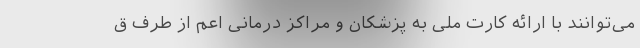
می‌توانند با ارائه کارت ملی به پزشکان و مراکز درمانی اعم از طرف ق